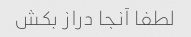
لطفا آنجا دراز بکش